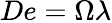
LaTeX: De=\Omega\lambda